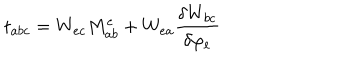
LaTeX: t _ { a b c } = W _ { e c } M _ { a b } ^ { e } + W _ { e a } \frac { \delta W _ { b c } } { \delta \varphi _ { e } }